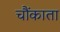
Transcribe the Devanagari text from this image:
चौंकाता